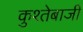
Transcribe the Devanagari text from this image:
कुश्तेबाजी